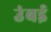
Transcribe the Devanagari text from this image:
उंबई